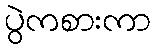
ပွဲကစားကာ